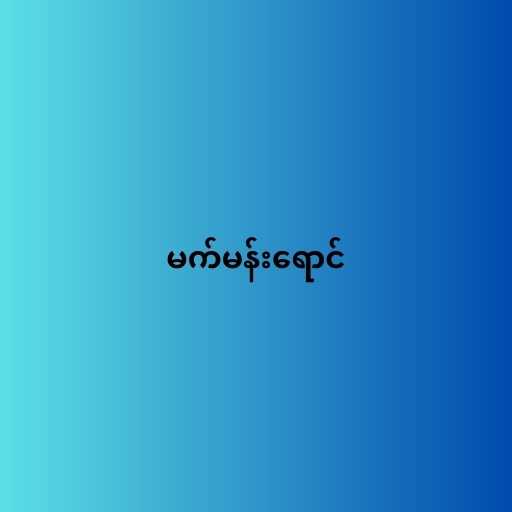
မက်မန်းရောင်